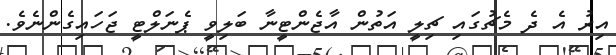
އިރު އެ ދެ މެޗުގައި ޗިލީ އަތުން އާޖެންޓީނާ ބަލިވީ ޕެނަލްޓީ ޖަހައިގެންނެވެ.